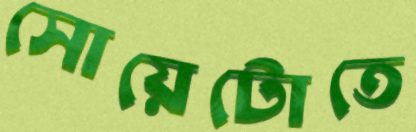
সোয়েটোতে